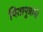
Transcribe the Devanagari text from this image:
पितापुत्रांनी